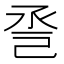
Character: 巹